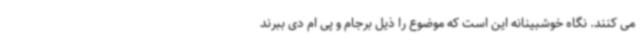
می کنند. نگاه خوشبینانه این است که موضوع را ذیل برجام و پی ام دی ببرند